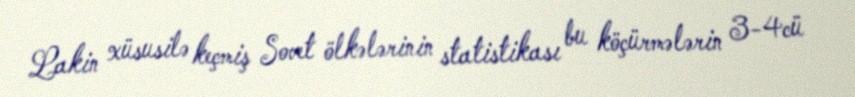
Lakin xüsusilə keçmiş Sovet ölkələrinin statistikası bu köçürmələrin 3-4cü